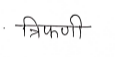
मजकूर: त्रिफणी